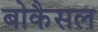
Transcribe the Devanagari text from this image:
बोकैसल